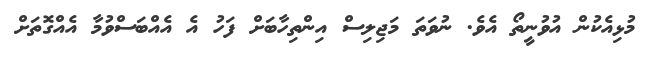
މުޅިއެކުން އުވުނީތޯ އެވެ. ނުވަތަ މަޖިލިސް އިންތިހާބަށް ފަހު އެ އެއްބަސްވުމާ އެއްގޮތަށް